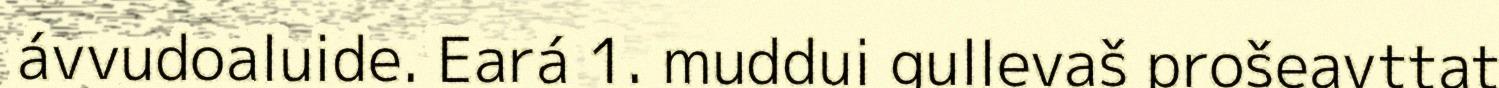
ávvudoaluide. Eará 1. muddui gullevaš prošeavttat